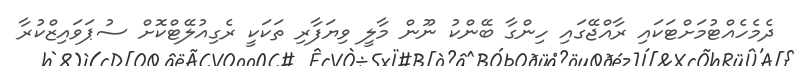
ދެމެހެއްޓުމަށްޓަކައި ރާއްޖޭގައި ހިންގާ ބޭންކު ނޫން މާލީ ވިޔަފާރި ތަކަކީ ރެގިއުލޭޓްކޮށް ސުޕަވައިޒްކުރާ